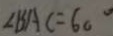
\angle B A C = 6 0 ^ { \circ }